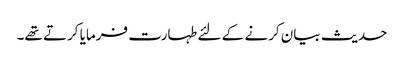
حدیث بیان کرنے کے لئے طہارت فرمایا کرتے تھے۔